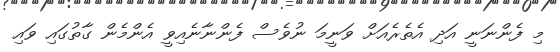
މި ފެންނަނީ އަދި އެތެރެއަށް ވަނީމަ ނުވެސް ފެންނާނެއިވީ އެންމެން ގާތުގައި ވައި